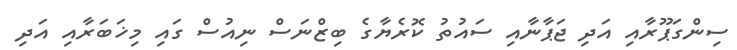
ސިންގަޕޫރާއި އަދި ޖަޕާނާއި ސައުތު ކޮރެޔާގެ ބިޒްނަސް ނިއުސް ގައި މިޚަބަރާއި އަދި